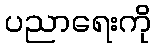
ပညာရေးကို